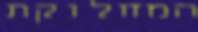
המחלוקת